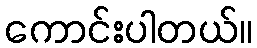
ကောင်းပါတယ်။